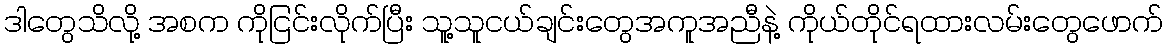
ဒါတွေသိလို့ အစက ကိုငြင်းလိုက်ပြီး သူ့သူငယ်ချင်းတွေအကူအညီနဲ့ ကိုယ်တိုင်ရထားလမ်းတွေဖောက်